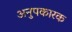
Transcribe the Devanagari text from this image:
अनुपकारक